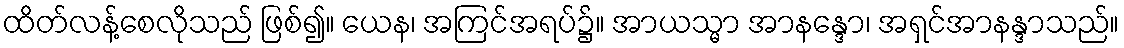
ထိတ်လန့်စေလိုသည် ဖြစ်၍။ ယေန၊ အကြင်အရပ်၌။ အာယသ္မာ အာနန္ဒော၊ အရှင်အာနန္ဒာသည်။